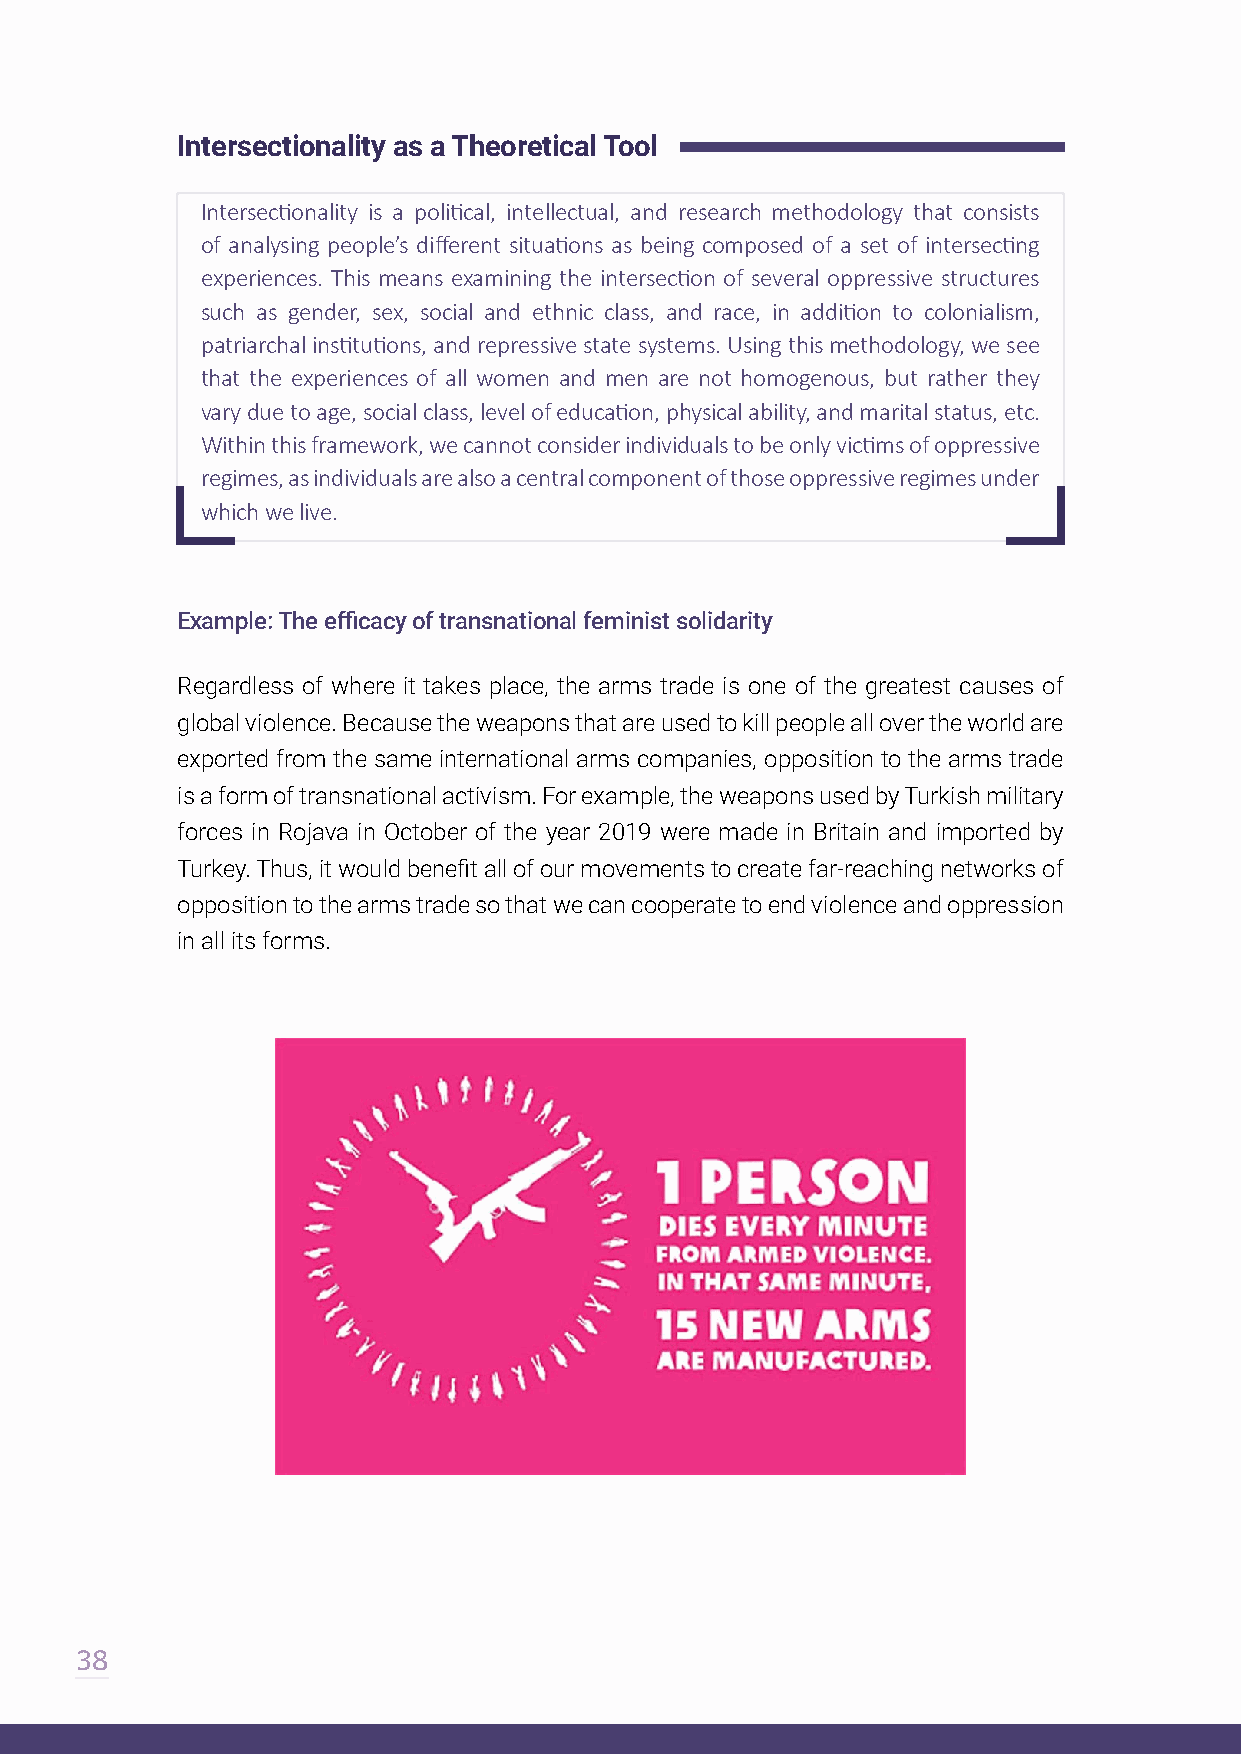
Intersectionality as a Theoretical Tool
 Intersectionality is a political, intellectual, and research methodology that consists
 of analysing people’s different situations as being composed of a set of intersecting
 experiences. This means examining the intersection of several oppressive structures
 such as gender, sex, social and ethnic class, and race, in addition to colonialism,
 patriarchal institutions, and repressive state systems. Using this methodology, we see
 that the experiences of all women and men are not homogenous, but rather they
 vary due to age, social class, level of education, physical ability, and marital status, etc.
 Within this framework, we cannot consider individuals to be only victims of oppressive
 regimes, as individuals are also a central component of those oppressive regimes under
 which we live.
 Example: The efficacy of transnational feminist solidarity
 Regardless of where it takes place, the arms trade is one of the greatest causes of
 global violence. Because the weapons that are used to kill people all over the world are
 exported from the same international arms companies, opposition to the arms trade
 is a form of transnational activism. For example, the weapons used by Turkish military
 forces in Rojava in October of the year 2019 were made in Britain and imported by
 Turkey. Thus, it would benefit all of our movements to create far-reaching networks of
 opposition to the arms trade so that we can cooperate to end violence and oppression
 in all its forms.
 38